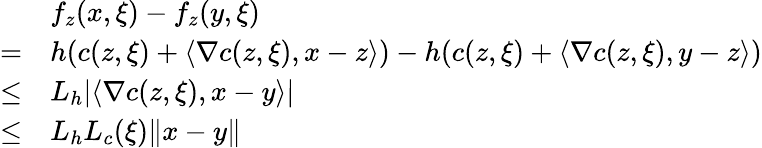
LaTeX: \begin{array}{rl}&{f_{z}(x,\xi)-f_{z}(y,\xi)}\\ {=}&{h(c(z,\xi)+\langle\nabla c(z,\xi),x-z\rangle)-h(c(z,\xi)+\langle\nabla c(z,\xi),y-z\rangle)}\\ {\leq}&{L_{h}|\langle\nabla c(z,\xi),x-y\rangle|}\\ {\leq}&{L_{h}L_{c}(\xi)\| x-y\| }\end{array}